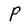
Character: P